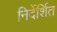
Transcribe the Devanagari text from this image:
निर्देर्शित